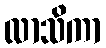
လာသိကာ